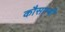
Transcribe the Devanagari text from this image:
कौसाम्बी